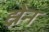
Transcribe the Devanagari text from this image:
ह्नेन